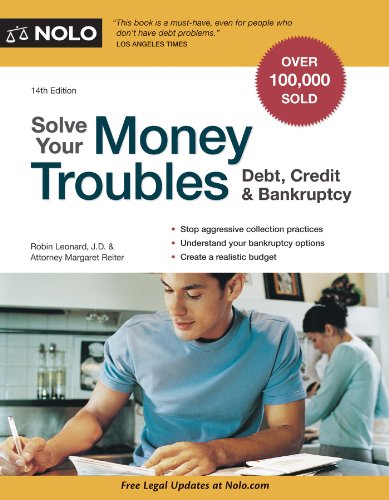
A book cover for Solve Your Money Troubles: Debt, Credit & Bankruptcy; Robin Leonard; Law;